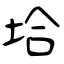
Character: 垥